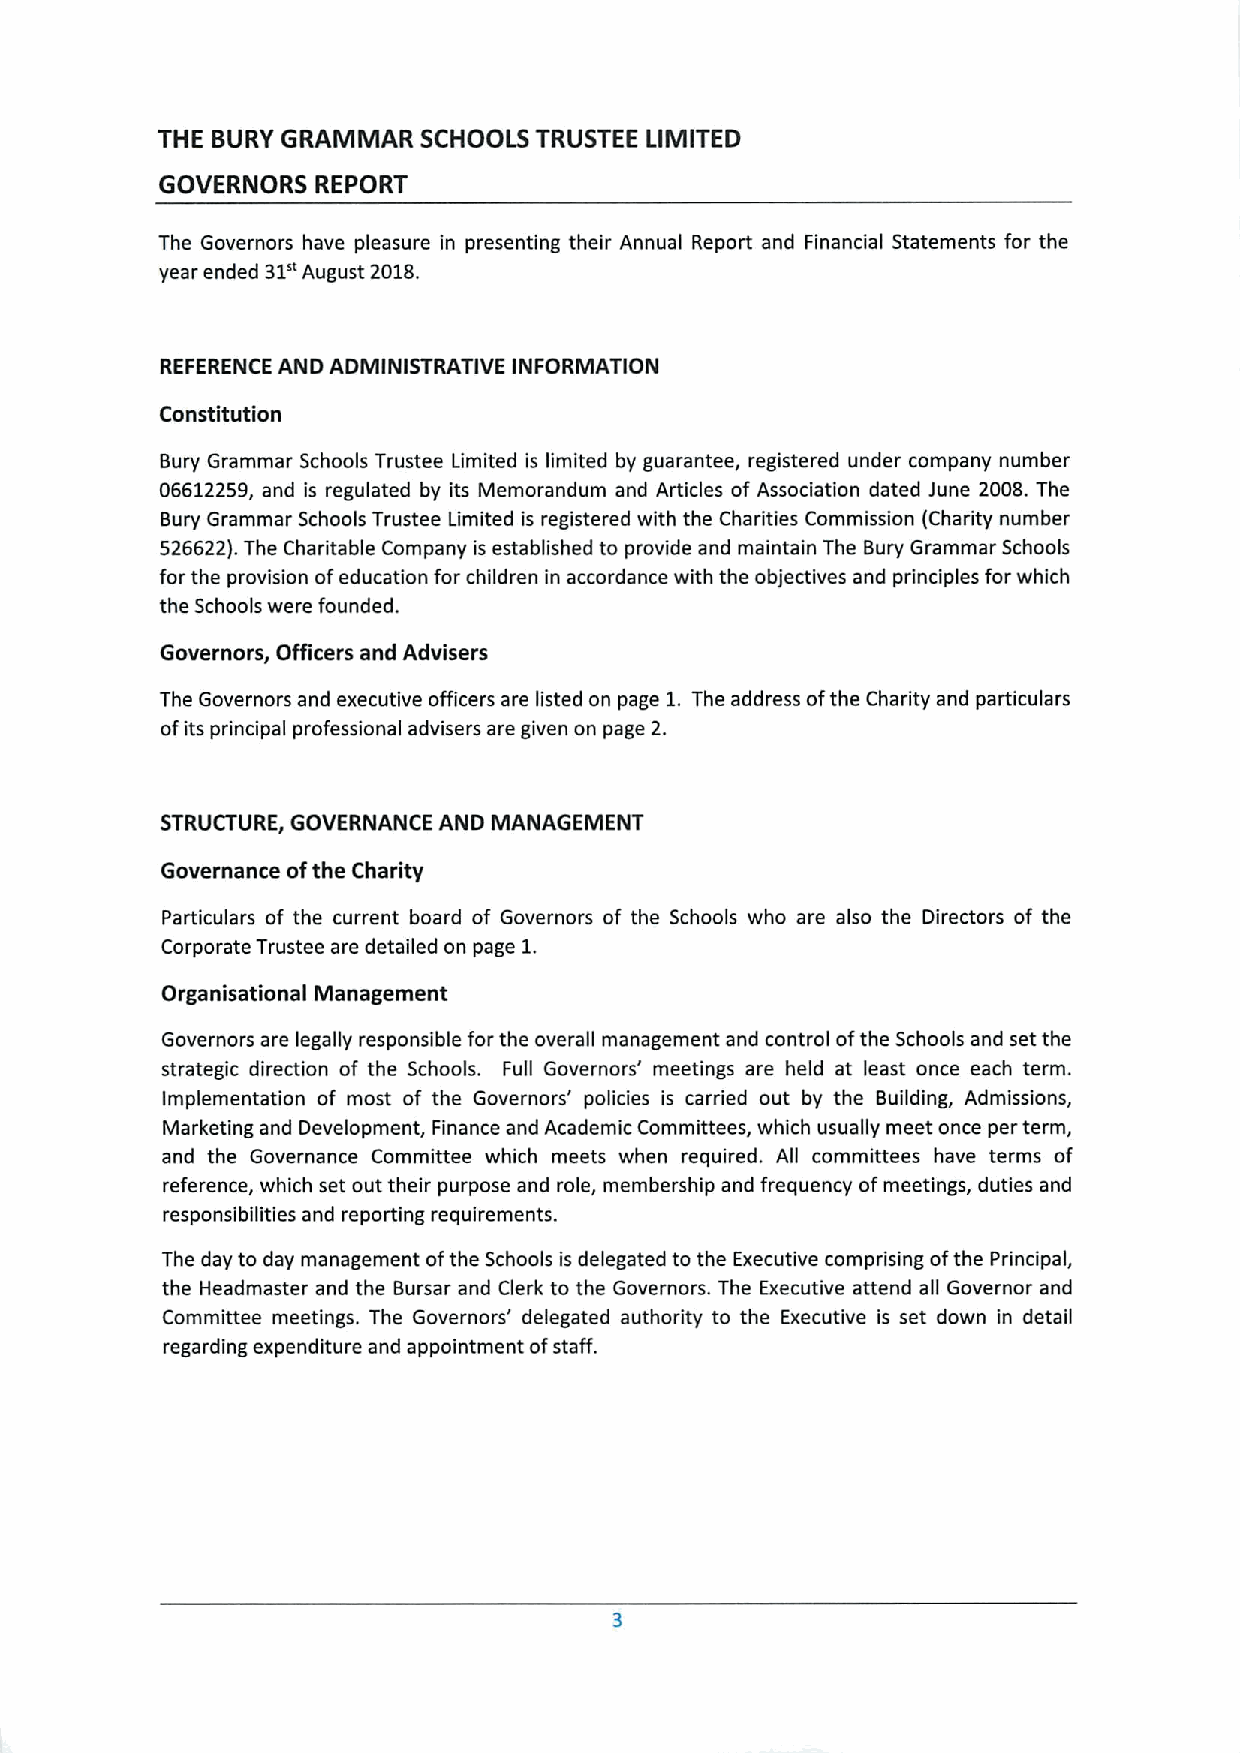
THE BURY GRAMMAR  SCHOOLS TRUSTEE LIMITED
 GOVERNORS REPORT
 The Governors have pleasure in presenting their Annual Report and Financial Statements for the
 31"
 year ended August 2018.
 REFERENCE AND ADMINISTRATIVE INFORMATION
 Constitution
 Bury Grammar Schools Trustee Limited is limited by guarantee, registered under company number
 06612259, and is regulated by its Memorandum and Articles of Association dated June 2008.The
 Bury Grammar Schools Trustee Limited is registered with the Charities Commission (Charity number
 526622).The Charitable Company is established to provide and maintain The Bury Grammar Schools
 for the provision ofeducation for children in accordance with the objectives and principles for which
 the Schools were founded.
 Governors, Officers and Advisers
 The Governors and executive officers are listed on page 1. The address ofthe Charity and particulars
 ofits principal professional advisers are given on page 2.
 STRUCTURE, GOVERNANCE AND MANAGEMENT
 Governance ofthe Charity
 Particulars of the current board of Governors of the Schools who are also the Directors of the
 Corporate Trustee are detailed on page 1.
 Organisational Management
 Governors are legally responsible for the overall management and control ofthe Schools and set the
 strategic direction of the Schools. Full Governors' meetings are held at least once each term.
 Implementation of most of the Governors' policies is carried out by the Building, Admissions,
 Marketing and Development, Finance and Academic Committees, which usually meet once per term,
 and the Governance Committee which meets when required. All committees have terms of
 reference, which set out their purpose and role, membership and frequency ofmeetings, duties and
 responsibilities and reporting requirements.
 The day to day management ofthe Schools is delegated to the Executive comprising ofthe Principal,
 the Headmaster and the Bursar and Clerk to the Governors. The Executive attend all Governor and
 Committee meetings. The Governors' delegated authority to the Executive is set down in detail
 regarding expenditure and appointment ofstaff.